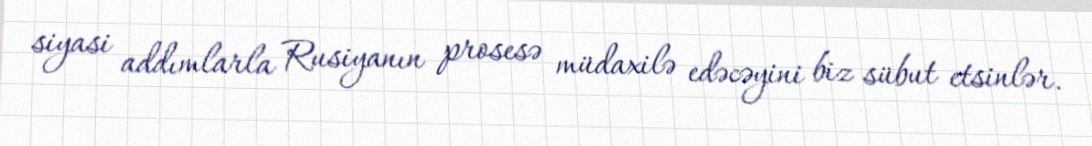
siyasi addımlarla Rusiyanın prosesə müdaxilə edəcəyini biz sübut etsinlər.